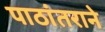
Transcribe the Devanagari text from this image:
पाठांतराने